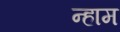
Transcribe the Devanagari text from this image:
न्हाम